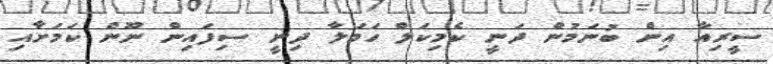
ސީރިއާ އިން ބުނަމުން ދަނީ ކެމިކަލް ހަމަލާ ދިނީ ސިފައިން ނޫން ކަމަށާއި